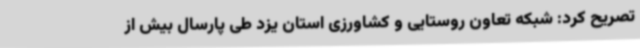
تصریح کرد: شبکه تعاون روستایی و کشاورزی استان یزد طی پارسال بیش از